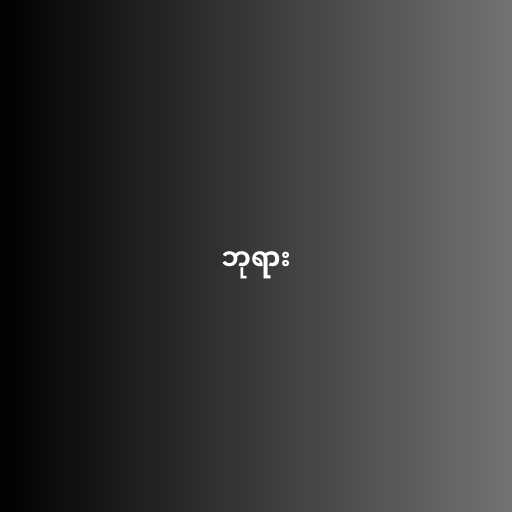
ဘုရား